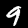
Digit: 9